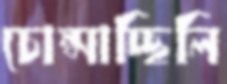
চোপ্‌সাচ্ছিলি